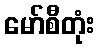
မော်စီတုံး